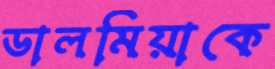
ডালমিয়াকে